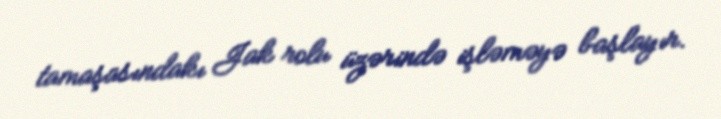
tamaşasındakı Jak rolu üzərində işləməyə başlayır.